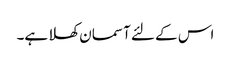
اس کے لئے آسمان کھلا ہے۔